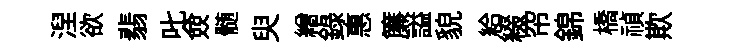
湼欲翡叱僉髄臾繒録惠簾謚貌給綴帘錦橋禎欺